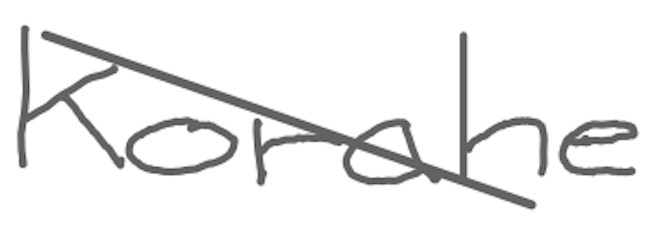
Text: Korahe
Cross-out: diagonal
Writing tool: digital_gray